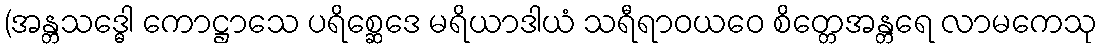
(အန္တသဒ္ဓေါ ကောဋ္ဌာသေ ပရိစ္ဆေဒေ မရိယာဒါယံ သရီရာဝယဝေ စိတ္တေအန္တရေ လာမကေသု